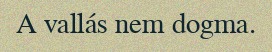
A vallás nem dogma.